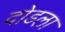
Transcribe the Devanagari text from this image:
दोडला